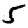
Digit: 5